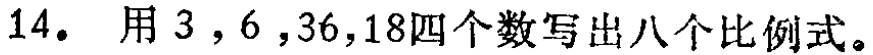
14. 用 \(3\)，\(6\)，\(36\)，\(18\) 四个数写出八个比例式。